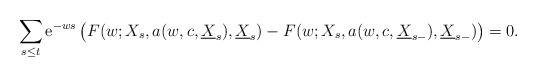
LaTeX: \begin{align*}\sum_{s\leq t}\mathrm{e}^{-ws}\left(F(w;X_s, a (w,c,\underline{X}_{s}), \underline{X}_{s})- F(w;X_s, a(w,c,\underline{X}_{s-}), \underline{X}_{s-})\right)=0.\end{align*}